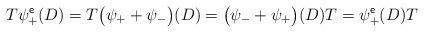
LaTeX: \begin{align*}T \psi_{+}^\mathsf{e} (D)=T \bigl(\psi_+ + \psi_-\bigr)(D) =\bigl(\psi_- + \psi_+\bigr)(D) T=\psi_{+}^\mathsf{e} (D) T\end{align*}